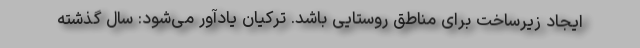
ایجاد زیرساخت برای مناطق روستایی باشد. ترکیان یادآور می‌شود: سال گذشته